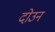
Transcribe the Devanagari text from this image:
दोउन